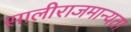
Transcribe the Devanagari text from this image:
सालीराजमान्यता